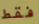
فقط